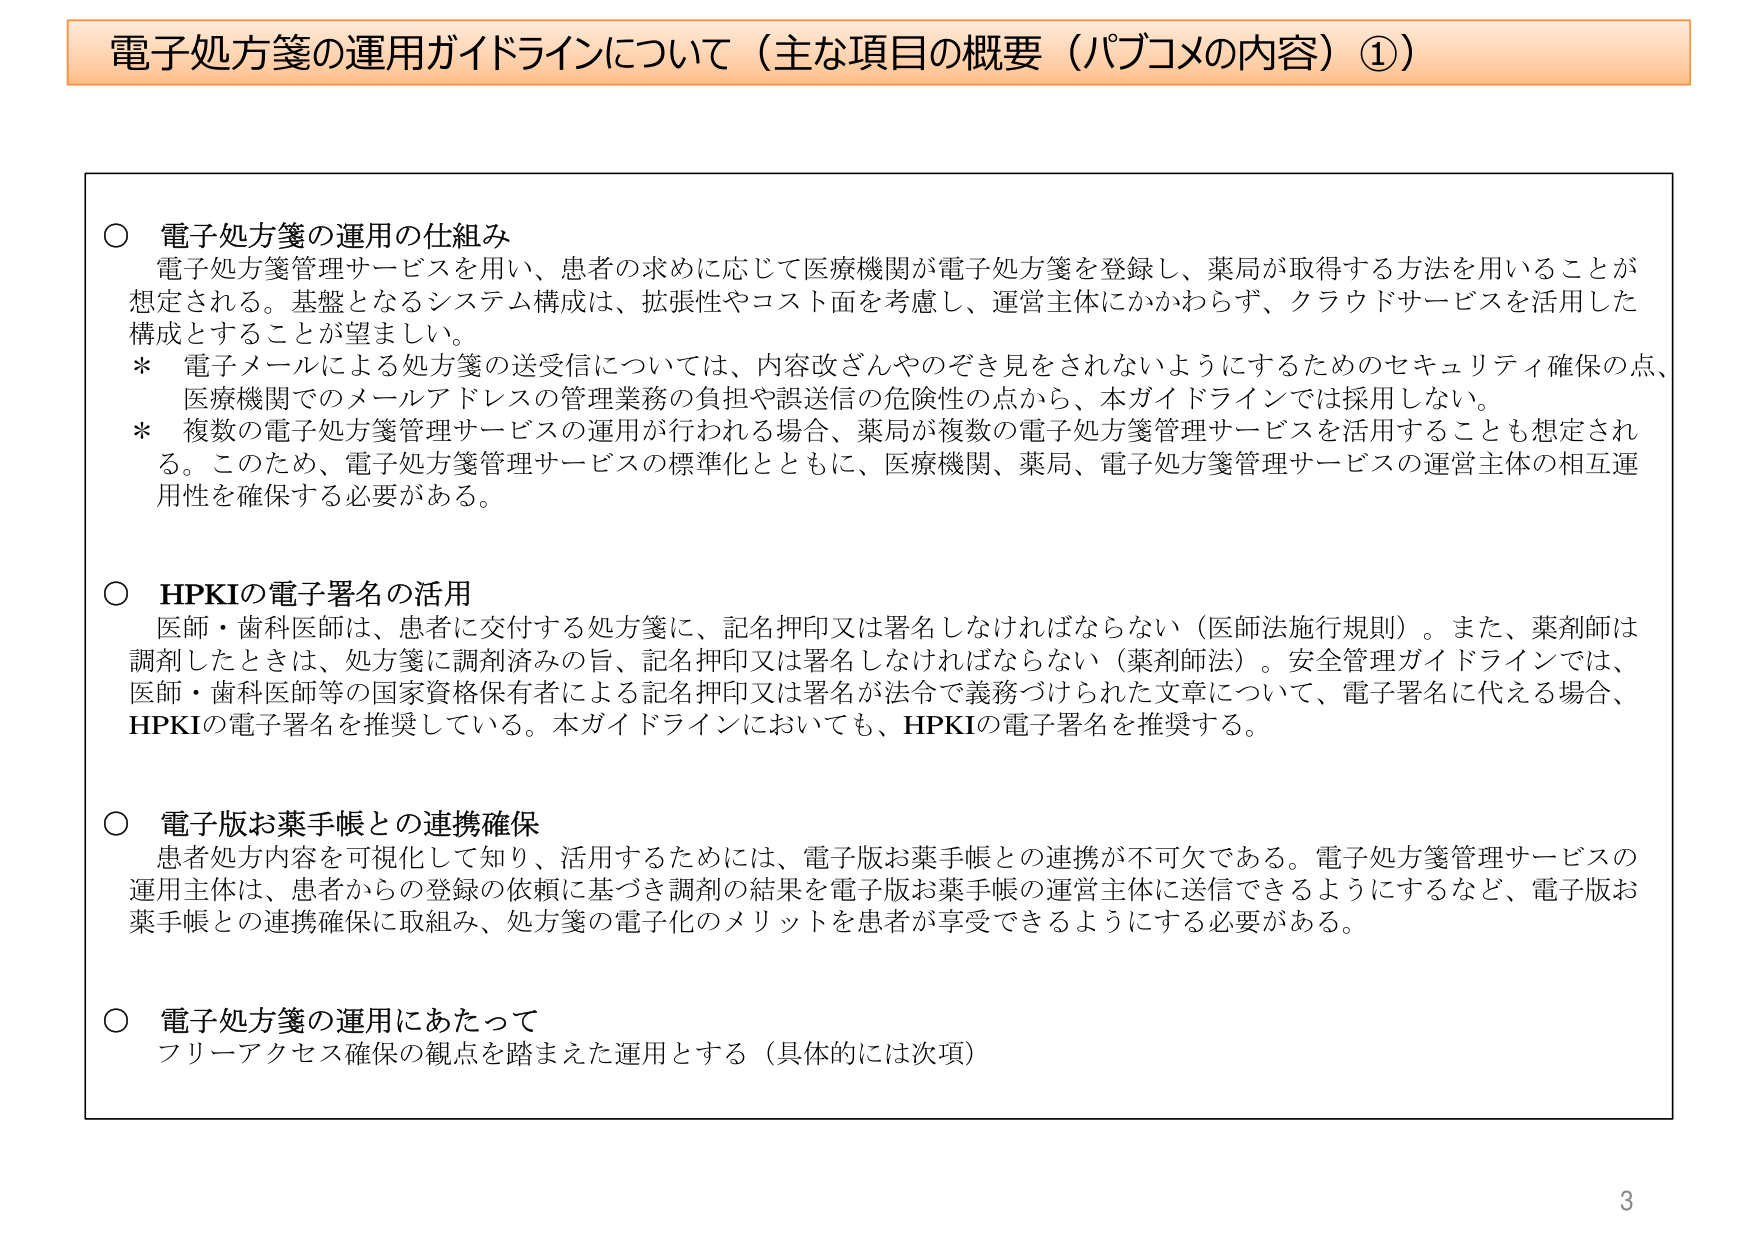
電子処方箋の運用ガイドラインについて（主な項目の概要（パブコメの内容）①）

○ 電子処方箋の運用の仕組み
電子処方箋管理サービスを用い、患者の求めに応じて医療機関が電子処方箋を登録し、薬局が取得する方法を用いることが想定される。基盤となるシステム構成は、拡張性やコスト面を考慮し、運営主体にかかわらず、クラウドサービスを活用した構成とすることが望ましい。
＊ 電子メールによる処方箋の送受信については、内容改ざんやのぞき見をされないようにするためのセキュリティ確保の点、医療機関でのメールアドレスの管理業務の負担と誤送信の危険性の点から、本ガイドラインでは採用しない。
＊ 複数の電子処方箋管理サービスの運用が行われる場合、薬局が複数の電子処方箋管理サービスを活用することも想定される。このため、電子処方箋管理サービスの標準化とともに、医療機関、薬局、電子処方箋管理サービスの運営主体の相互運用性を確保する必要がある。

○ HPKIの電子署名の活用
医師・歯科医師は、患者に交付する処方箋に、記名押印又は署名しなければならない（医師法施行規則）。また、薬剤師は調剤したときは、処方箋に調剤済みの旨、記名押印又は署名しなければならない（薬剤師法）。安全管理ガイドラインでは、医師・歯科医師等の国家資格保有者による記名押印又は署名が法令で義務づけられた文章について、電子署名に代える場合、HPKIの電子署名を推奨している。本ガイドラインにおいても、HPKIの電子署名を推奨する。

○ 電子版お薬手帳との連携確保
患者処方内容を可視化して知り、活用するためには、電子版お薬手帳との連携が不可欠である。電子処方箋管理サービスの運用主体は、患者からの登録の依頼に基づき調剤の結果を電子版お薬手帳の運営主体に送信できるようにするなど、電子版お薬手帳との連携確保に取組み、処方箋の電子化のメリットを患者が享受できるようにする必要がある。

○ 電子処方箋の運用にあたって
フリーアクセス確保の観点を踏まえた運用とする（具体的には次項）

3